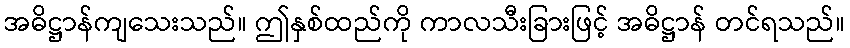
အဓိဋ္ဌာန်ကျသေးသည်။ ဤနှစ်ထည်ကို ကာလသီးခြားဖြင့် အဓိဋ္ဌာန် တင်ရသည်။